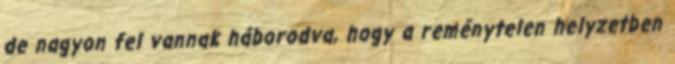
de nagyon fel vannak háborodva, hogy a reménytelen helyzetben